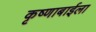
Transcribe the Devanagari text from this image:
कृष्णाबाईला